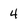
Character: 4